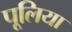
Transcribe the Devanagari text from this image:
पूलिया